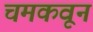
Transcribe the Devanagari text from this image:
चमकवून